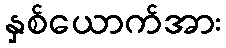
နှစ်ယောက်အား